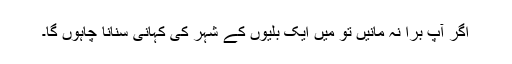
اگر آپ برا نہ مانیں تو میں ایک بلّیوں کے شہر کی کہانی سنانا چاہوں گا۔